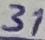
Text: 31